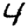
Digit: 4